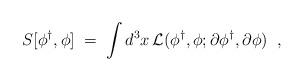
LaTeX: \begin{align*}S[\phi^\dagger, \phi]\;=\;\int d^3x \,{\cal L}(\phi^\dagger, \phi ;\partial \phi^\dagger, \partial \phi )\;\;,\end{align*}